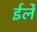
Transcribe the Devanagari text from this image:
ईर्ले